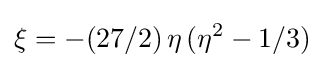
\xi =-(27/2)\,\eta \,({{\eta }^{2}}-1/3)